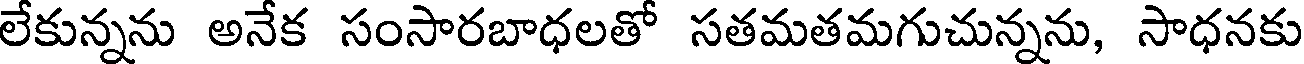
లేకున్నను అనేక సంసారబాధలతో సతమతమగుచున్నను, సాధనకు